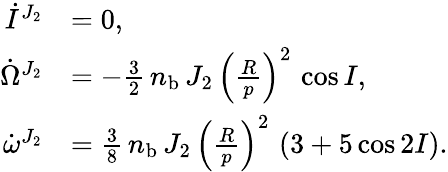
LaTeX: \begin{array}{rl}{\dot{I}^{J_{2}}}&{=0,}\\ {\dot{\Omega}^{J_{2}}}&{=-\frac{3}{2}\, n_{\mathrm{b}}\, J_{2}\, \left(\frac{R}{p}\right)^{2}\, \cos I,}\\ {\dot{\omega}^{J_{2}}}&{=\frac{3}{8}\, n_{\mathrm{b}}\, J_{2}\, \left(\frac{R}{p}\right)^{2}\, \left(3+5\cos 2I\right).}\end{array}